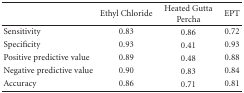
<table><thead><tr><td></td><td><b>Ethyl Chloride</b></td><td><b>Heated Gutta Percha</b></td><td><b>EPT</b></td></tr></thead><tbody><tr><td>Sensitivity</td><td>0.83</td><td>0.86</td><td>0.72</td></tr><tr><td>Specificity</td><td>0.93</td><td>0.41</td><td>0.93</td></tr><tr><td>Positive predictive value</td><td>0.89</td><td>0.48</td><td>0.88</td></tr><tr><td>Negative predictive value</td><td>0.90</td><td>0.83</td><td>0.84</td></tr><tr><td>Accuracy</td><td>0.86</td><td>0.71</td><td>0.81</td></tr></tbody></table>